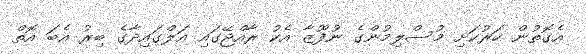
އެގޮތުން ހަރުކަށި މުސްލިމުންގެ ނުފޫޒާ އެކު ރާއްޖޭގައި އަލްގައިދާގެ ބިރު އެބަ އޮތް